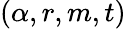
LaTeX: (\alpha,r,m,t)